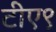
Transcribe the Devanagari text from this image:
टीए९